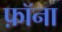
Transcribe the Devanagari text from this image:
फ़ॉना